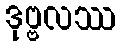
ဒုဗ္ဗလဿ